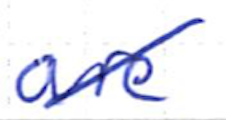
Text: are
Cross-out: diagonal
Writing tool: ballpoint